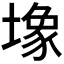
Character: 𫮧